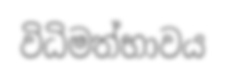
විධිමත්භාවය